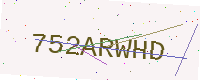
Text: 752ARWHD